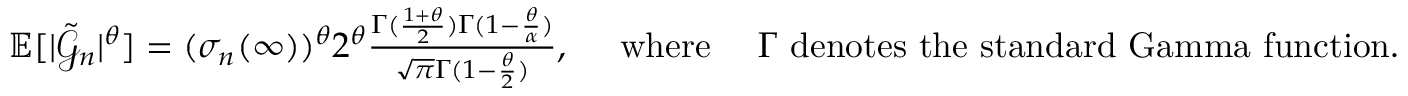
\begin{array} { r } { \mathbb { E } [ | \tilde { \mathcal { G } } _ { n } | ^ { \theta } ] = ( \sigma _ { n } ( \infty ) ) ^ { \theta } 2 ^ { \theta } \frac { \Gamma ( \frac { 1 + \theta } { 2 } ) \Gamma ( 1 - \frac { \theta } { \alpha } ) } { \sqrt { \pi } \Gamma ( 1 - \frac { \theta } { 2 } ) } , \quad \mathrm { ~ w h e r e ~ } \quad \Gamma \mathrm { ~ d e n o t e s ~ t h e ~ s t a n d a r d ~ G a m m a ~ f u n c t i o n } . } \end{array}